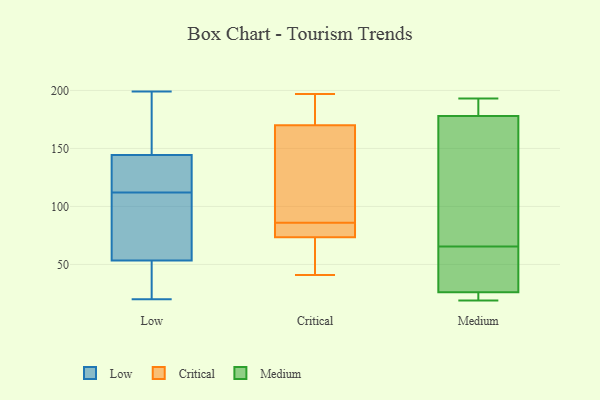
{"axis": {"x": "Churn Rate (%)", "y": "Value"}, "legend": ["Critical", "Low", "Medium"], "data": [{"x": "", "y": 140, "type": "Low"}, {"x": "", "y": 73, "type": "Low"}, {"x": "", "y": 149, "type": "Low"}, {"x": "", "y": 22, "type": "Low"}, {"x": "", "y": 37, "type": "Low"}, {"x": "", "y": 199, "type": "Low"}, {"x": "", "y": 183, "type": "Low"}, {"x": "", "y": 140, "type": "Low"}, {"x": "", "y": 137, "type": "Low"}, {"x": "", "y": 47, "type": "Low"}, {"x": "", "y": 142, "type": "Low"}, {"x": "", "y": 24, "type": "Low"}, {"x": "", "y": 93, "type": "Low"}, {"x": "", "y": 164, "type": "Low"}, {"x": "", "y": 107, "type": "Low"}, {"x": "", "y": 112, "type": "Low"}, {"x": "", "y": 145, "type": "Low"}, {"x": "", "y": 20, "type": "Low"}, {"x": "", "y": 106, "type": "Low"}, {"x": "", "y": 79, "type": "Critical"}, {"x": "", "y": 180, "type": "Critical"}, {"x": "", "y": 82, "type": "Critical"}, {"x": "", "y": 90, "type": "Critical"}, {"x": "", "y": 45, "type": "Critical"}, {"x": "", "y": 160, "type": "Critical"}, {"x": "", "y": 68, "type": "Critical"}, {"x": "", "y": 41, "type": "Critical"}, {"x": "", "y": 197, "type": "Critical"}, {"x": "", "y": 81, "type": "Critical"}, {"x": "", "y": 189, "type": "Critical"}, {"x": "", "y": 100, "type": "Critical"}, {"x": "", "y": 193, "type": "Medium"}, {"x": "", "y": 71, "type": "Medium"}, {"x": "", "y": 24, "type": "Medium"}, {"x": "", "y": 157, "type": "Medium"}, {"x": "", "y": 178, "type": "Medium"}, {"x": "", "y": 180, "type": "Medium"}, {"x": "", "y": 20, "type": "Medium"}, {"x": "", "y": 19, "type": "Medium"}, {"x": "", "y": 187, "type": "Medium"}, {"x": "", "y": 49, "type": "Medium"}, {"x": "", "y": 98, "type": "Medium"}, {"x": "", "y": 26, "type": "Medium"}, {"x": "", "y": 60, "type": "Medium"}, {"x": "", "y": 55, "type": "Medium"}]}